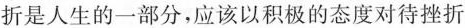
折是人生的一部分，应该以积极的态度对待挫折